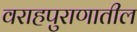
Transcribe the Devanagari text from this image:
वराहपुराणातील